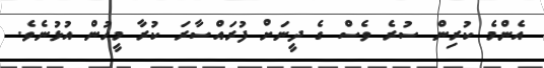
އެންމެ ކުރިން ސުރެ ވެސް ގެ ދީނަށް ފުރައްސާރަ ކުރާ މީހުން އުޅުނެވެ.